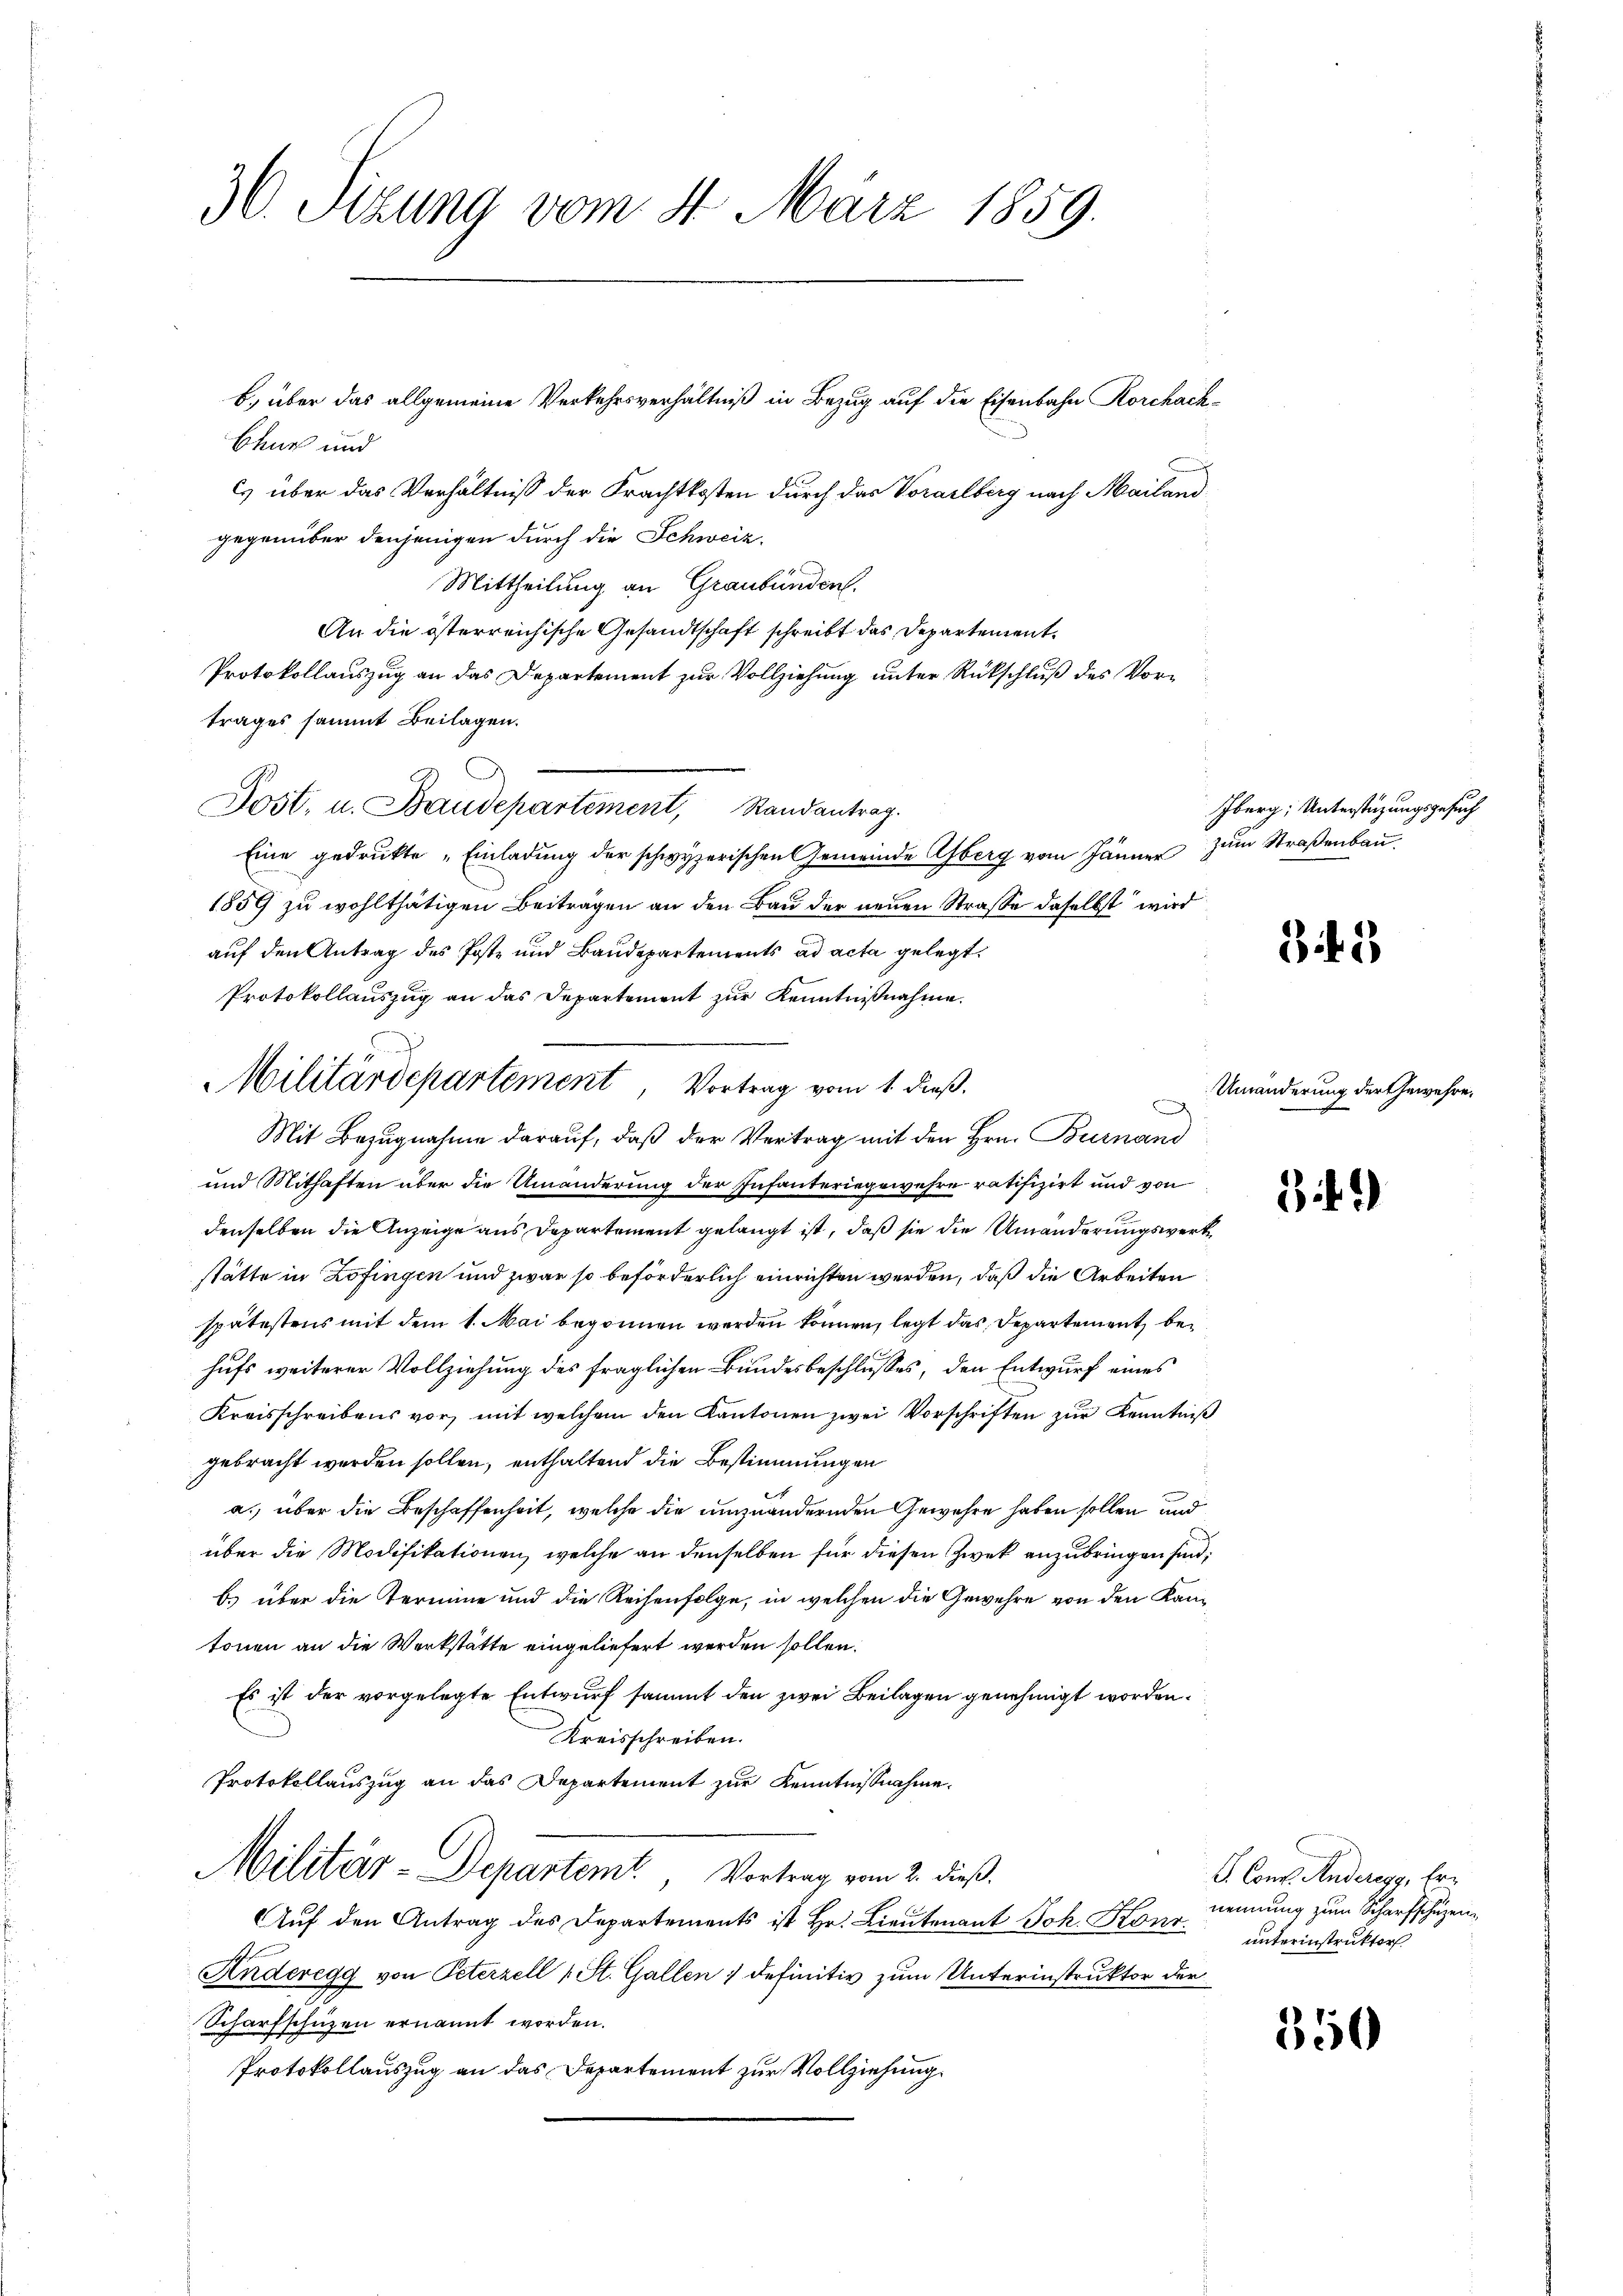
30. Sizung vom 4. März 1859.

Chur und
Es über das Verhältniß der Frachtkosten durch das Vorarlberg nach Mailand
gegenüber denjenigen durch die Schweiz.
Mittheilung an Graubünden.
An die österreichische Gesandtschaft schreibt das Departement¬
Protokollauszug an das Departement zur Vollziehung unter Rückschluß des Vortrages sammt Beilagen.
Post, u. Baudepartement, Randantrag.
Eine gedrukte „Einladung der schwyzerischen Gemeinde Oberg vom Jänner zum Straßenbau¬
1859 zu wohlthätigen Beiträgen an den Bau der neuen Strasse daselbst wird
auf den Antrag des Poste und Baudepartements ad acta gelegt.
Protokollauszug an das Departement zur Kenntnißnahme.
Mit Bezugnahme darauf, daß der Vertrag mit den Hrn. Burnand
und Mithaften über die Umänderung der Infanteriegewehre ratifizirt und von
denselben die Anzeige aus Departement gelangt ist, daß sie die Umänderungswerk
stätte in Zofingen und zwar so beförderlich einrichten werden, daß die Arbeiten
spätestens mit dem 1. Mai begonnen werden können, legt das Departement, behufs weiterer Vollziehung des fraglichen Bundesbeschlusses, den Entwurf eines
Kreisschreibens vor, mit welchem den Kantonen zwei Vorschriften zur Kenntniß
gebracht werden sollen, enthaltend die Bestimmungen
a. über die Beschaffenheit, welche die umzuändernden Gewahre haben sollen und
über die Modifikationen, welche an denselben für diesen Zwek anzubringen sind;
b.) über die Termine und die Reihenfolge, in welchen die Gewehre von den Kantonen an die Werkstätte eingeliefert werden sollen.
Es ist der vorgelegte Entwurf sammt den zwei Beilagen genehmigt worden.
Kreisschreiben.
Protokollauszug an das Departement zur Kenntnißnahme.
Militär-Departemt. Vortrag vom 2. dieß.
Auf den Antrag des Departements ist Hr. Lieutenant Joh. Konr.
Anderegg von Peterzell 1 St. Gallen; definitiv zum Unterinstruktor der
Scharfschüzen ernannt worden.
Protokollauszug an das Departement zur Vollziehung

Militärdepartement Vortrag vom 1. dieß.

b.) über das allgemeine Verkehrsverhältniß in Bezug auf die Eisenbahn Korchach¬

Iberg, Unterstüzungsgesuch

3. 1

Umänderung der Gewehre,

3)

V. Concl. Anderegg, Ernennung zum Scharfschuzen
unterinstruktor.

350